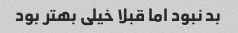
بد نبود اما قبلا خیلی بهتر بود